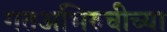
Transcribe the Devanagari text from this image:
गतअभिरुचीच्या